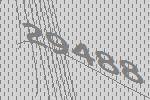
29488